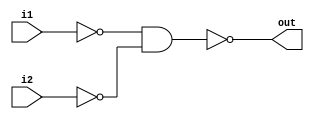
module OR(out,i1,i2);
output out;
input i1,i2;
wire i1_bar,i2_bar;
nand(i1_bar,i1,i1);
nand(i2_bar,i2,i2);
nand(out,i1_bar,i2_bar);
endmodule